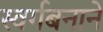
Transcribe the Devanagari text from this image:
स्वर्गबनाने